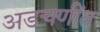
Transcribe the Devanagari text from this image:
अडचणींत